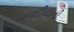
બળદીયાની